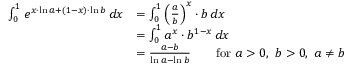
{ \begin{array} { r l } { \int _ { 0 } ^ { 1 } e ^ { x \cdot \ln a + ( 1 - x ) \cdot \ln b } \, d x } & { = \int _ { 0 } ^ { 1 } \left( { \frac { a } { b } } \right) ^ { x } \cdot b \, d x } \\ & { = \int _ { 0 } ^ { 1 } a ^ { x } \cdot b ^ { 1 - x } \, d x } \\ & { = { \frac { a - b } { \ln a - \ln b } } \qquad { \mathrm { f o r ~ } } a > 0 , \ b > 0 , \ a \neq b } \end{array} }